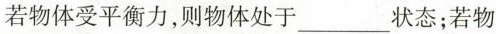
若物体受平衡力，则物体处于___状态；若物